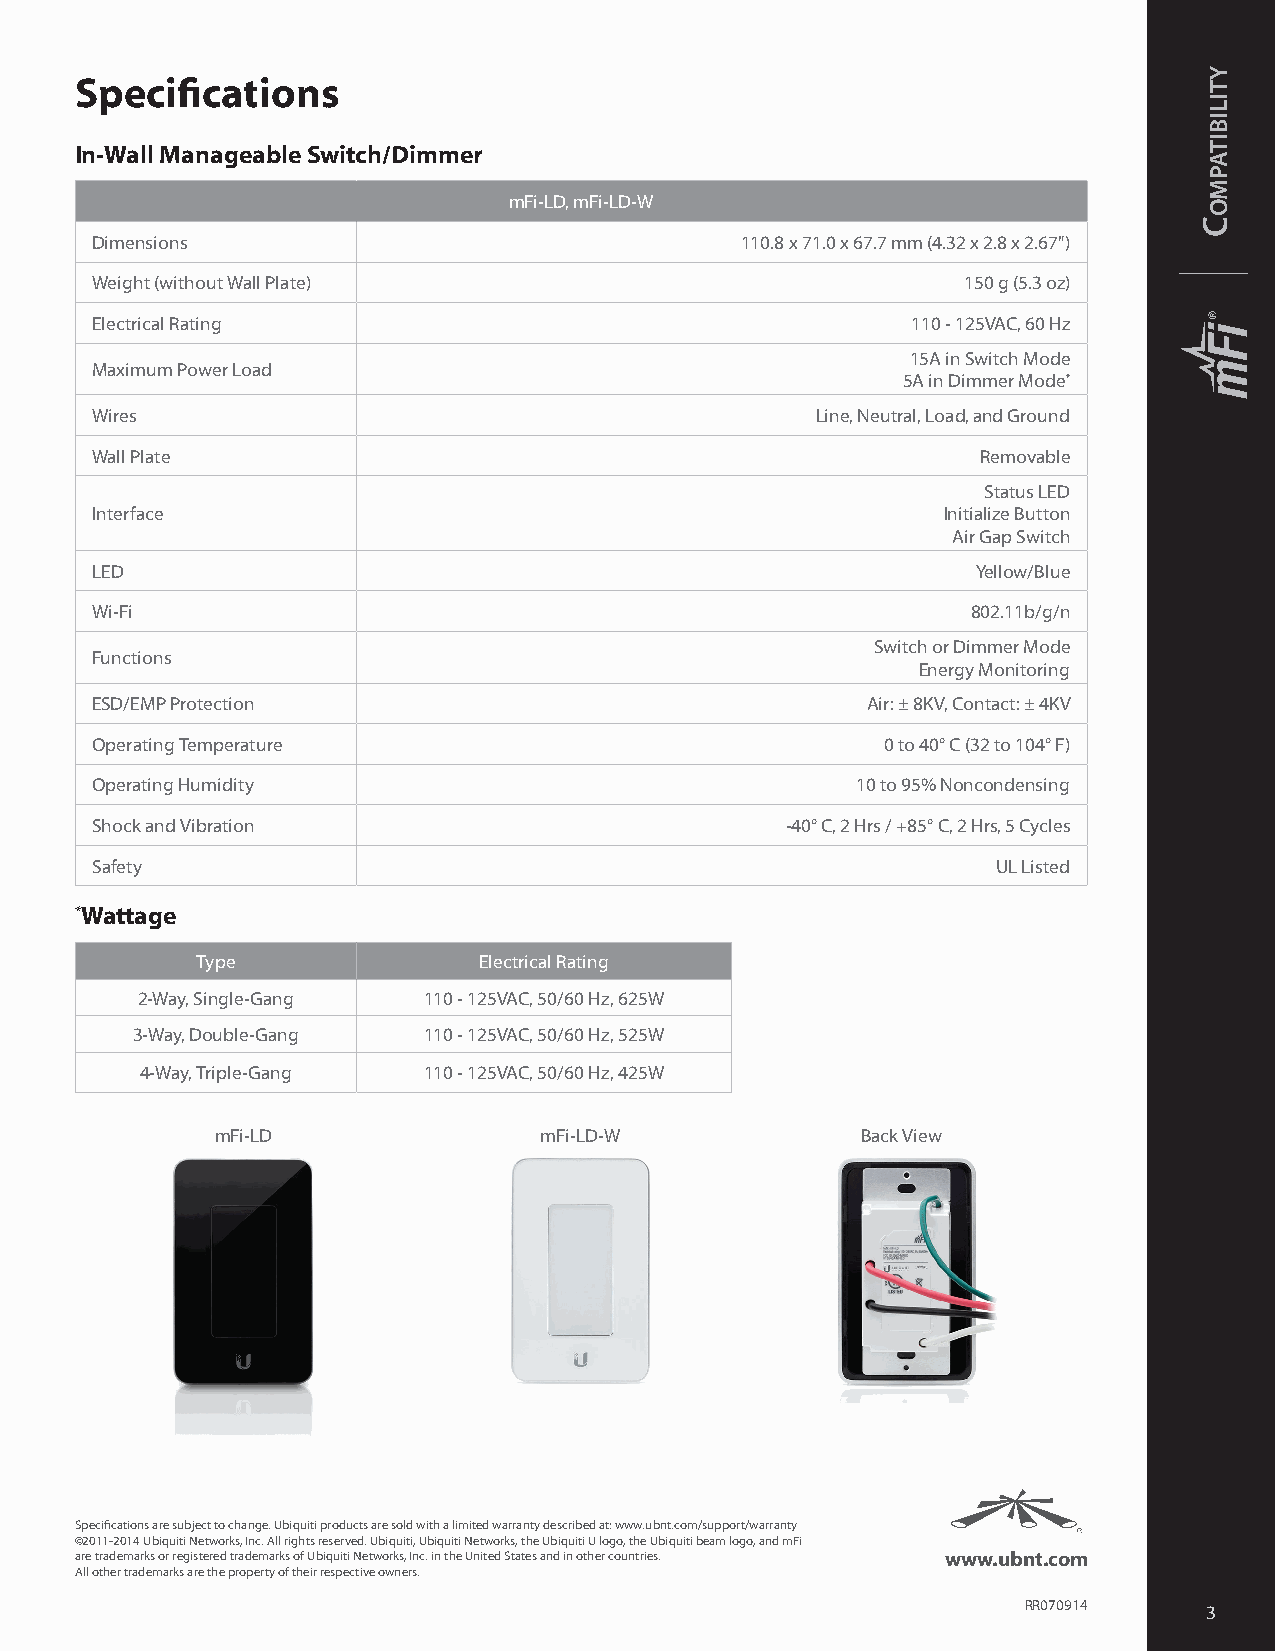
Specifications
 In-Wall Manageable Switch/Dimmer
 mFi-LD, mFi-LD-W
 Dimensions                                 110.8 x 71.0 x 67.7 mm (4.32 x 2.8 x 2.67")
 Weight (without Wall Plate)                               150 g (5.3 oz)
 Electrical Rating                                     110 - 125VAC, 60 Hz
 15A in Switch Mode
 Maximum Power Load
 5A in Dimmer Mode*
 Wires                                           Line, Neutral, Load, and Ground
 Wall Plate                                                 Removable
 Status LED
 Interface                                               Initialize Button
 Air Gap Switch
 LED                                                        Yellow/Blue
 Wi-Fi                                                     802.11b/g/n
 Switch or Dimmer Mode
 Functions
 Energy Monitoring
 ESD/EMP Protection                                 Air: ± 8KV, Contact: ± 4KV
 Operating Temperature                                0 to 40° C (32 to 104° F)
 Operating Humidity                                 10 to 95% Noncondensing
 Shock and Vibration                           -40° C, 2 Hrs / +85° C, 2 Hrs, 5 Cycles
 Safety                                                      UL Listed
 *Wattage
 Type               Electrical Rating
 2-Way, Single-Gang 110 - 125VAC, 50/60 Hz, 625W
 3-Way, Double-Gang 110 - 125VAC, 50/60 Hz, 525W
 4-Way, Triple-Gang 110 - 125VAC, 50/60 Hz, 425W
 mFi-LD                mFi-LD-W             Back View
 Specifications are subject to change. Ubiquiti products are sold with a limited warranty described at: www.ubnt.com/support/warranty
 ©2011-2014 Ubiquiti Networks, Inc. All rights reserved. Ubiquiti, Ubiquiti Networks, the Ubiquiti U logo, the Ubiquiti beam logo, and mFi
 are trademarks or registered trademarks of Ubiquiti Networks, Inc. in the United States and in other countries. www.ubnt.com
 All other trademarks are the property of their respective owners.
 RR070914    3
 C
 ytilibitapmo